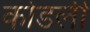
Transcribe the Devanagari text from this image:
कोडली